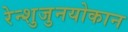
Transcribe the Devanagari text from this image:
रेन्शुजुनयोकान